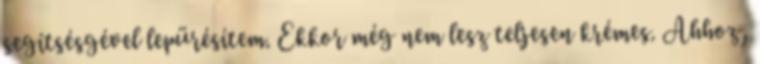
segítsésgével lepürésítem. Ekkor még nem lesz teljesen krémes. Ahhoz,